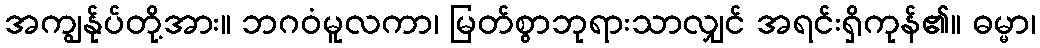
အကျွန်ုပ်တို့အား။ ဘဂဝံမူလကာ၊ မြတ်စွာဘုရားသာလျှင် အရင်းရှိကုန်၏။ ဓမ္မာ၊